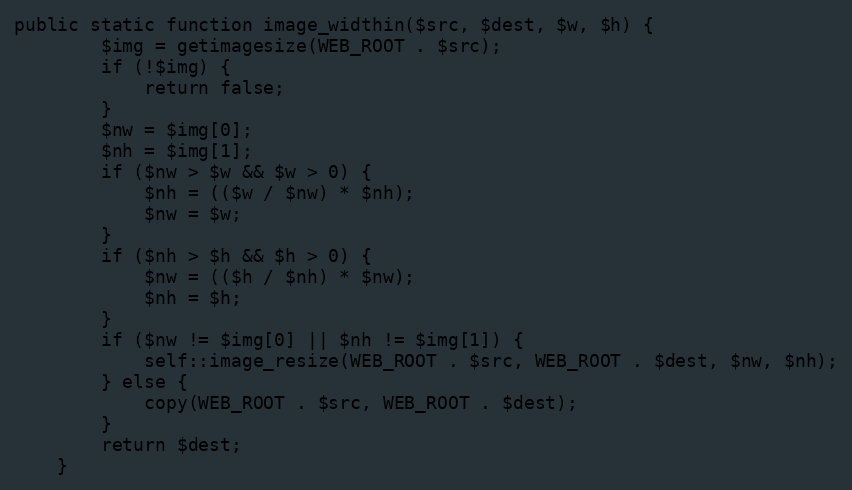
Language: PHP
public static function image_widthin($src, $dest, $w, $h) {
        $img = getimagesize(WEB_ROOT . $src);
        if (!$img) {
            return false;
        }
        $nw = $img[0];
        $nh = $img[1];
        if ($nw > $w && $w > 0) {
            $nh = (($w / $nw) * $nh);
            $nw = $w;
        }
        if ($nh > $h && $h > 0) {
            $nw = (($h / $nh) * $nw);
            $nh = $h;
        }
        if ($nw != $img[0] || $nh != $img[1]) {
            self::image_resize(WEB_ROOT . $src, WEB_ROOT . $dest, $nw, $nh);
        } else {
            copy(WEB_ROOT . $src, WEB_ROOT . $dest);
        }
        return $dest;
    }